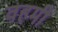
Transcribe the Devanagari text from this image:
वहमी